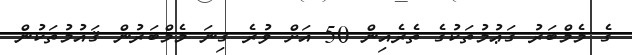
ގެ މެމްބަރު ގަޢުމުތަކުގެ ތެރެއިން 50 އަށް ވުރެ ގިނަ މެމްބަރުން ޤައުމުތަކުން